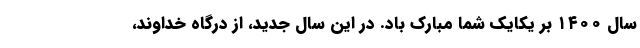
سال ۱۴۰۰ بر یکایک شما مبارک باد. در این سال جدید، از درگاه خداوند،